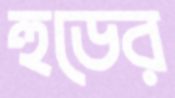
হুডের